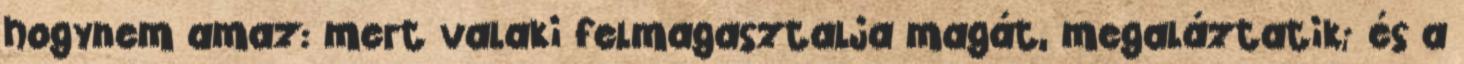
hogynem amaz: mert valaki felmagasztalja magát, megaláztatik; és a